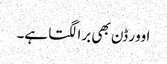
اوور ڈن بھی برا لگتا ہے۔